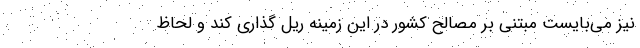
نیز می‌بایست مبتنی بر مصالح کشور در این زمینه ریل گذاری کند و لحاظ